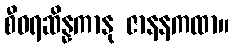
စီဝရဆိန္နကာနု ဇာနနကထာ။